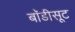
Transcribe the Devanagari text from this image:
बाॅडीसूट